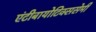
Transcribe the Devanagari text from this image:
एंटीबायोटिक्ससेमी